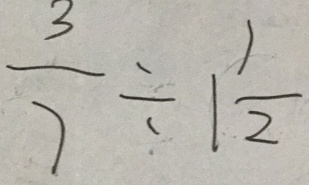
\frac { 3 } { 7 } \div 1 \frac { 1 } { 2 }